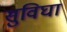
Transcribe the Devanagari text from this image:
सुविघा